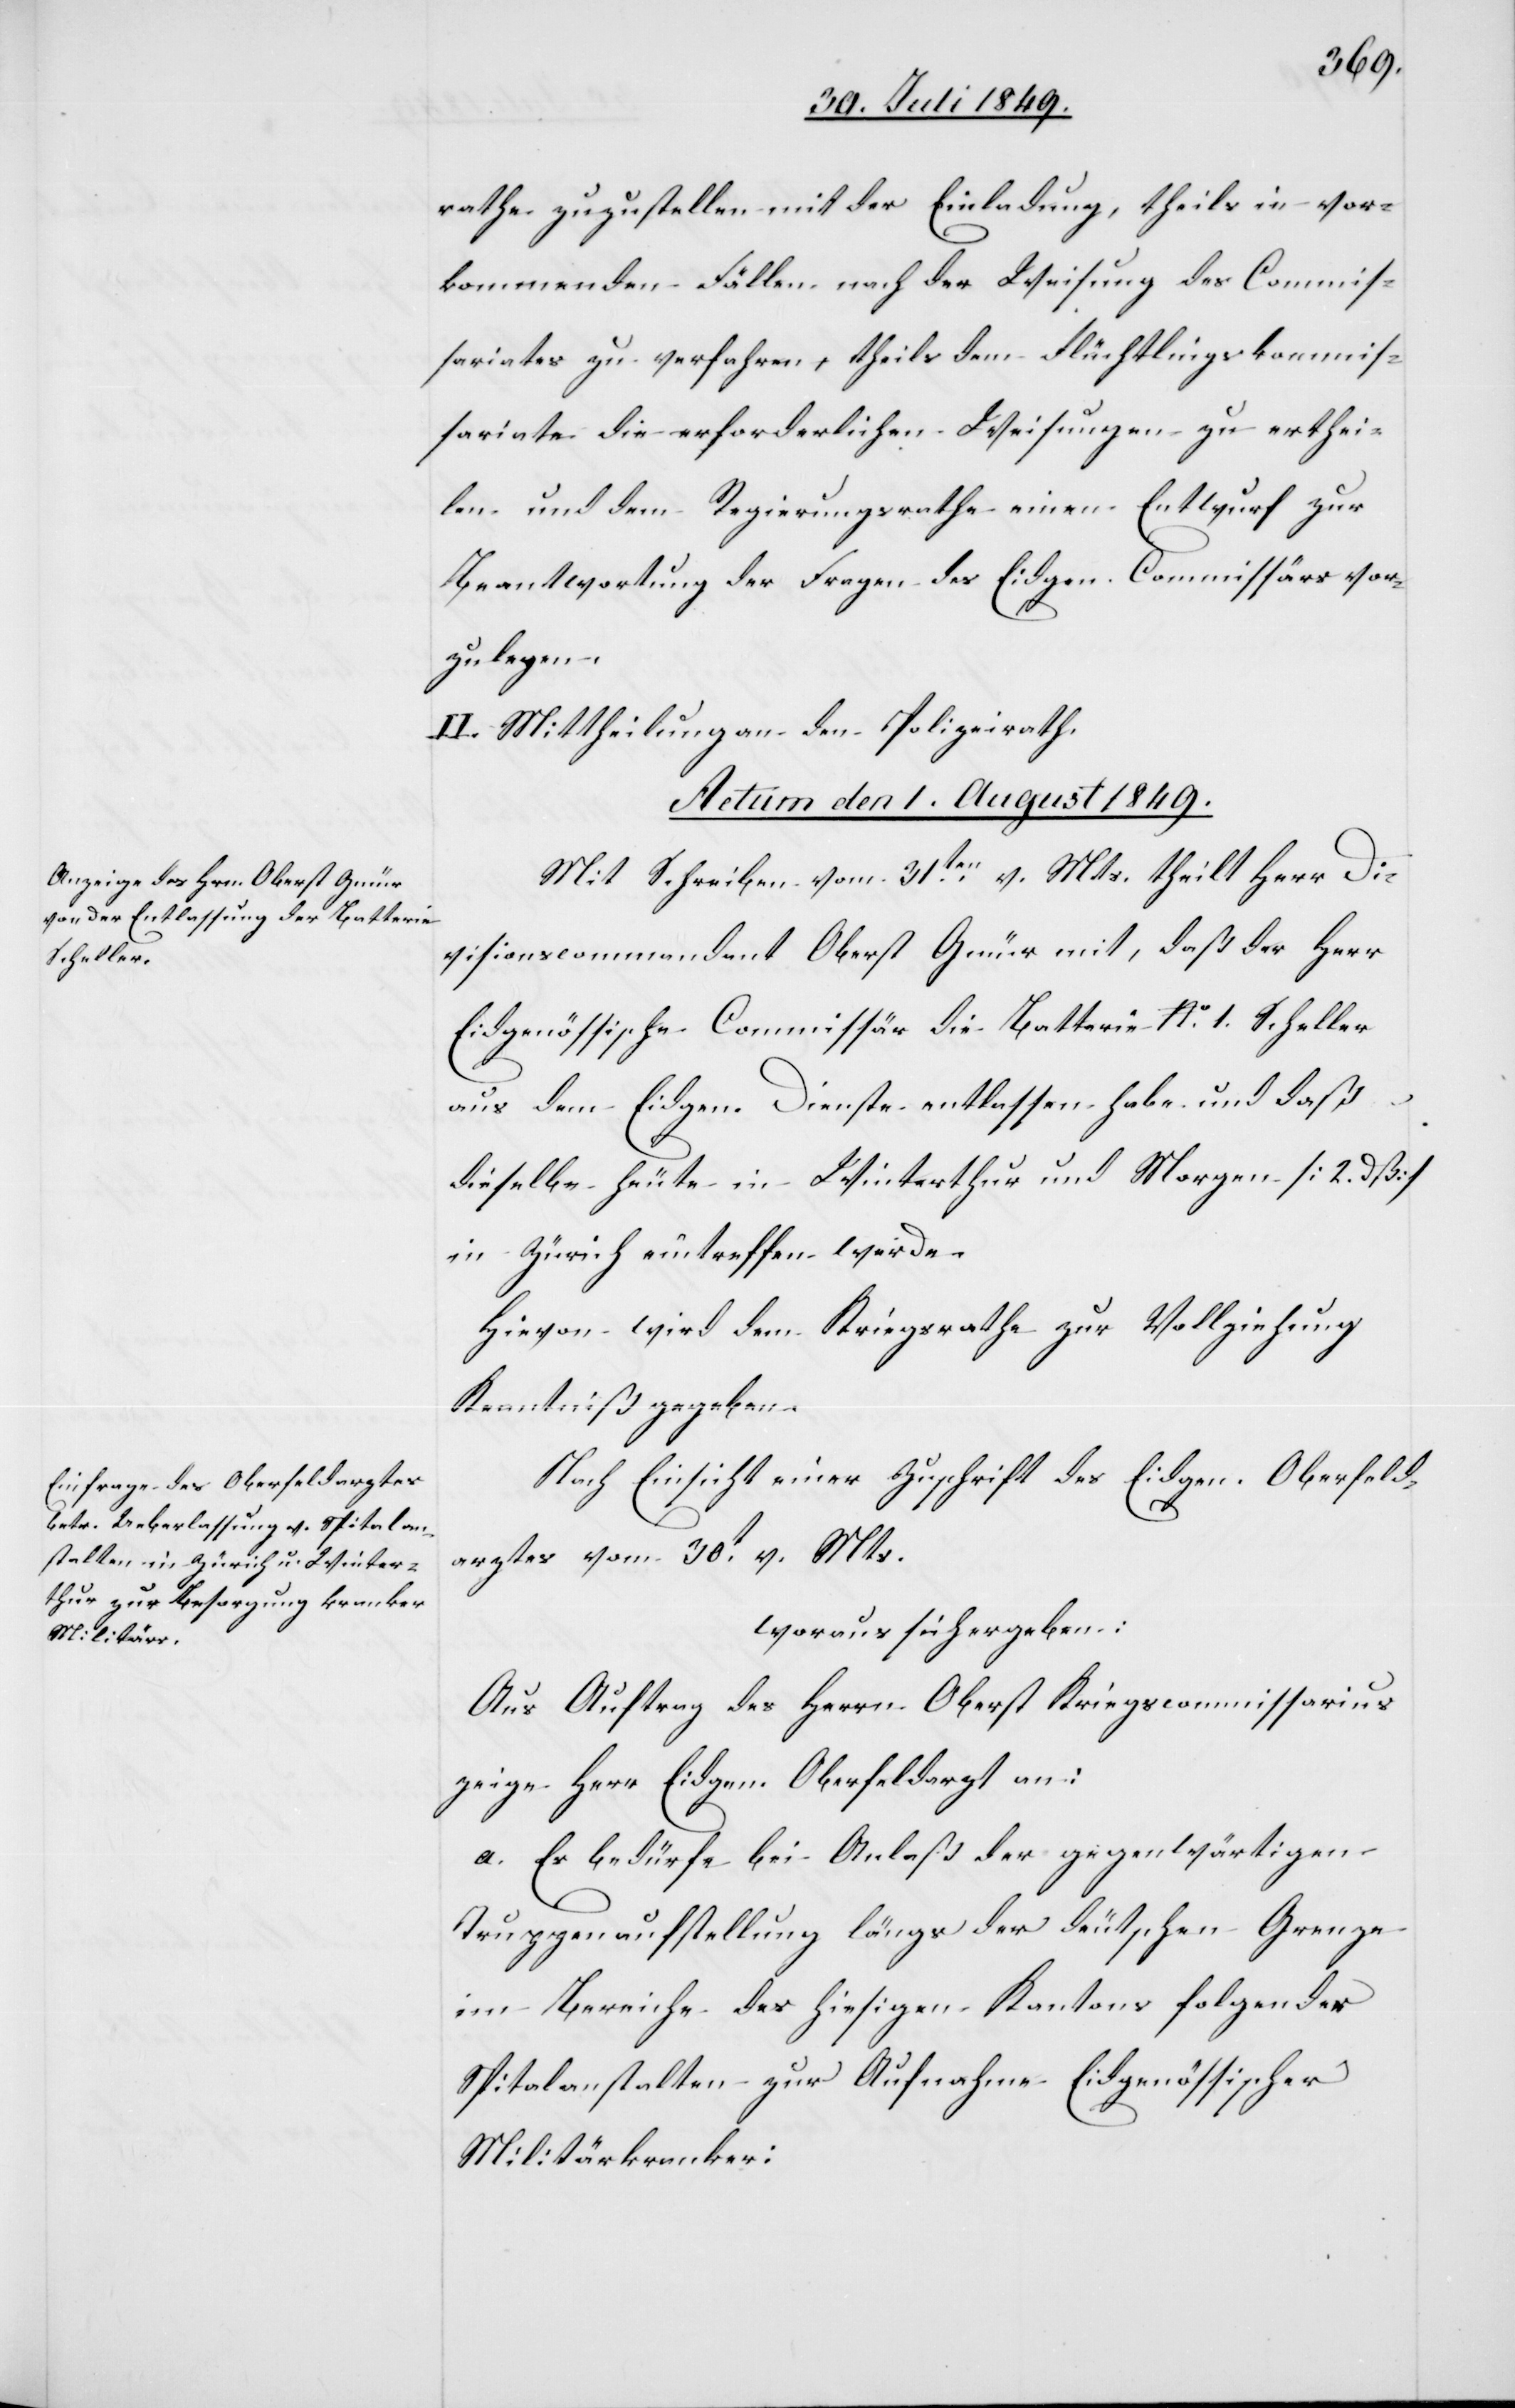
rathe zuzustellen mit der Einladung, theils in vor¬
kommenden Fällen nach der Weisung des Commis¬
sariates zu verfahren, theils dem Flüchtlingskommis¬
sariate die erforderlichen Weisungen zu erthei¬
len und dem Regierungsrathe einen Entwurf zur
Beantwortung der Fragen des Eidgen. Commissärs vor¬
zulegen.
II. Mittheilung an den Polizeirath.
Actum den 1. August 1849.]
Mit Schreiben vom 31ten v. Mts. theilt Herr Di¬
visionscommandant Oberst Gmür mit, daß der Herr
Eidgenössische Commissär die Batterie No. 1. Scheller
aus dem Eidgen. Dienste entlassen habe und daß
dieselbe heute in Winterthur und Morgen [2. dß]
in Zürich eintreffen werde.
Hievon wird dem Kriegsrathe zur Vollziehung
Kenntniß gegeben.
Nach Einsicht einer Zuschrift des Eidgen. Oberfeld¬
arztes vom 30t v. Mts.
woraus sich ergeben:
Aus Auftrag des Herrn Oberst Kriegscommissarius
zeige Herr Eidgen. Oberfeldarzt an:
a. Es bedürfe bei Anlaß der gegenwärtigen
Truppenaufstellung längs der deutschen Grenze
im Bereiche des hiesigen Kantons folgender
Spitalanstalten zur Aufnahme Eidgenössischer
Militärkranker: